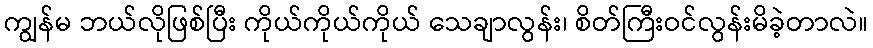
ကျွန်မ ဘယ်လိုဖြစ်ပြီး ကိုယ်ကိုယ်ကိုယ် သေချာလွန်း၊ စိတ်ကြီးဝင်လွန်းမိခဲ့တာလဲ။